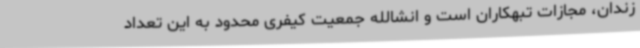
زندان، مجازات تبهکاران است و انشالله جمعیت کیفری محدود به این تعداد